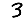
Digit: 3